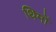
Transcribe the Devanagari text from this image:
थिमों